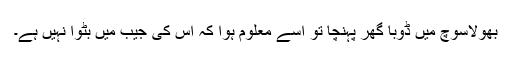
بھولاسوچ میں ڈوبا گھر پہنچا تو اسے معلوم ہوا کہ اس کی جیب میں بٹوا نہیں ہے۔